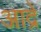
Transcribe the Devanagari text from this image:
आद्रे